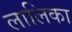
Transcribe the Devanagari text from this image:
लालिका